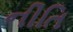
નીતિ